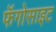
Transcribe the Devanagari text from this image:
फॅगोसाइट